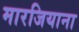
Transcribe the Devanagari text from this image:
मारजियाना